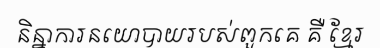
និន្នាការនយោបាយរបស់ពួកគេ គឺ ខ្មែរ